Leaving Certificate Examination, 1911, 1911
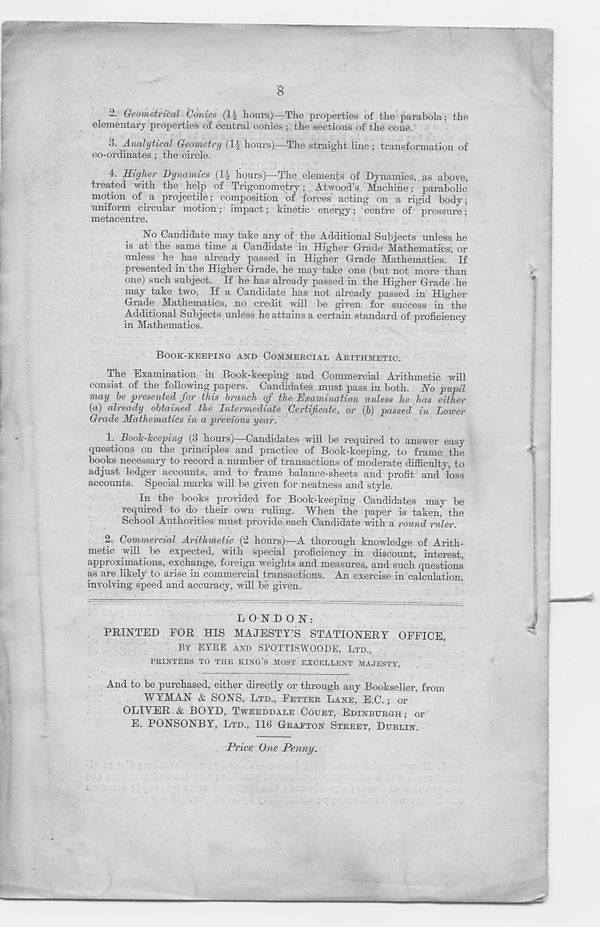
8
2. Geometrical Conics (1J hours)—The properties of the parabola; the
elementary properties of central conics ; the sections of the cone.
3. Analytical Geometry (If hours)—The straight line ; transformation of
co-ordinates ; the circle.
4. Higher Dynamics (If hours)—The elements of Dynamics, as above,
treated with the help of Trigonometry; Atwood’s Machine; parabolic
motion of a projectile; composition of forces acting on a rigid body;
uniform circular motion; impact; kinetic energy; centre of pressure;
metacentre.
No Candidate may take any of the Additional Subjects unless he
is at the same time a Candidate in Higher Grade Mathematics, or
unless he . has already passed in Higher Grade Mathematics. If
presented in the Higher Grade, he may take one (but not more than
one) such subject. If he has already passed in the Higher Grade he
may take two. If a Candidate has not already passed in Higher
Grade Mathematics, no credit will be given for success in the
Additional Subjects unless he attains a certain standard of proficiency
in Mathematics.
BOOK-KEEPING AND COMMERCIAL ARITHMETIC.
The Examination in Book-keeping and Commercial Arithmetic will
consist of the following papers. Candidates must pass in both. No pupil
may he presented for this branch of the Examination unless he has either
(a) already obtained the Intermediate Certificate, or (b) passed in Lower
Grade Mathematics in a previous year.
1. Dooh-heeping (3 hours) Candidates will be required to answer easy
questions on the principles and practice of Book-keeping, to frame the
books necessary to record a number of transactions of moderate difficulty, to
adjust ledger accounts, and to frame balance-sheets and profit and loss
accounts. Special marks will be given for neatness and style.
In the books provided for Book-keeping Candidates may be
required to do their own ruling. When the paper is taken, the
School Authorities must provide each Candidate with a round ruler.
2. Commercial Arithmetic (2 hours)—A thorough knowledge of Arith-
metic will be expected, with special proficiency in discount, interest,
approximations, exchange, foreign weights and measures, and such questions
as are likely to arise in commercial transactions. An exercise in calculation,
involving speed and accuracy, will be given.
LONDON:
PRINTED FOR HIS MAJESTY’S STATIONERY OFFICE,
BY EYBE AND SPOTTISWOODE, LTD.,
PRINTERS TO THE KING’S MOST EXCELLENT MAJESTY.
And to be purchased, either directly or through any Bookseller, from
WYMAN & SONS, LTD., FETTER LANE, E.C.; or
OLIVER & BOYD, TWEEDDALE COURT, EDINBURGH; or
E. PONSONBY, LTD., 116 GRAFTON STREET, DUBLIN.
Price One Penny.